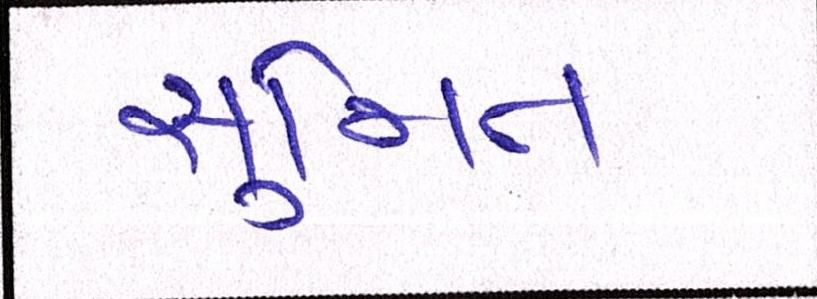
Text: સુમિત